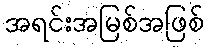
အရင်းအမြစ်အဖြစ်